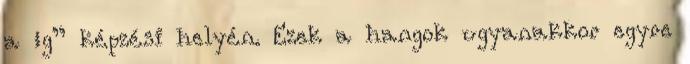
a „g” képzési helyén. Ezek a hangok ugyanakkor egyre